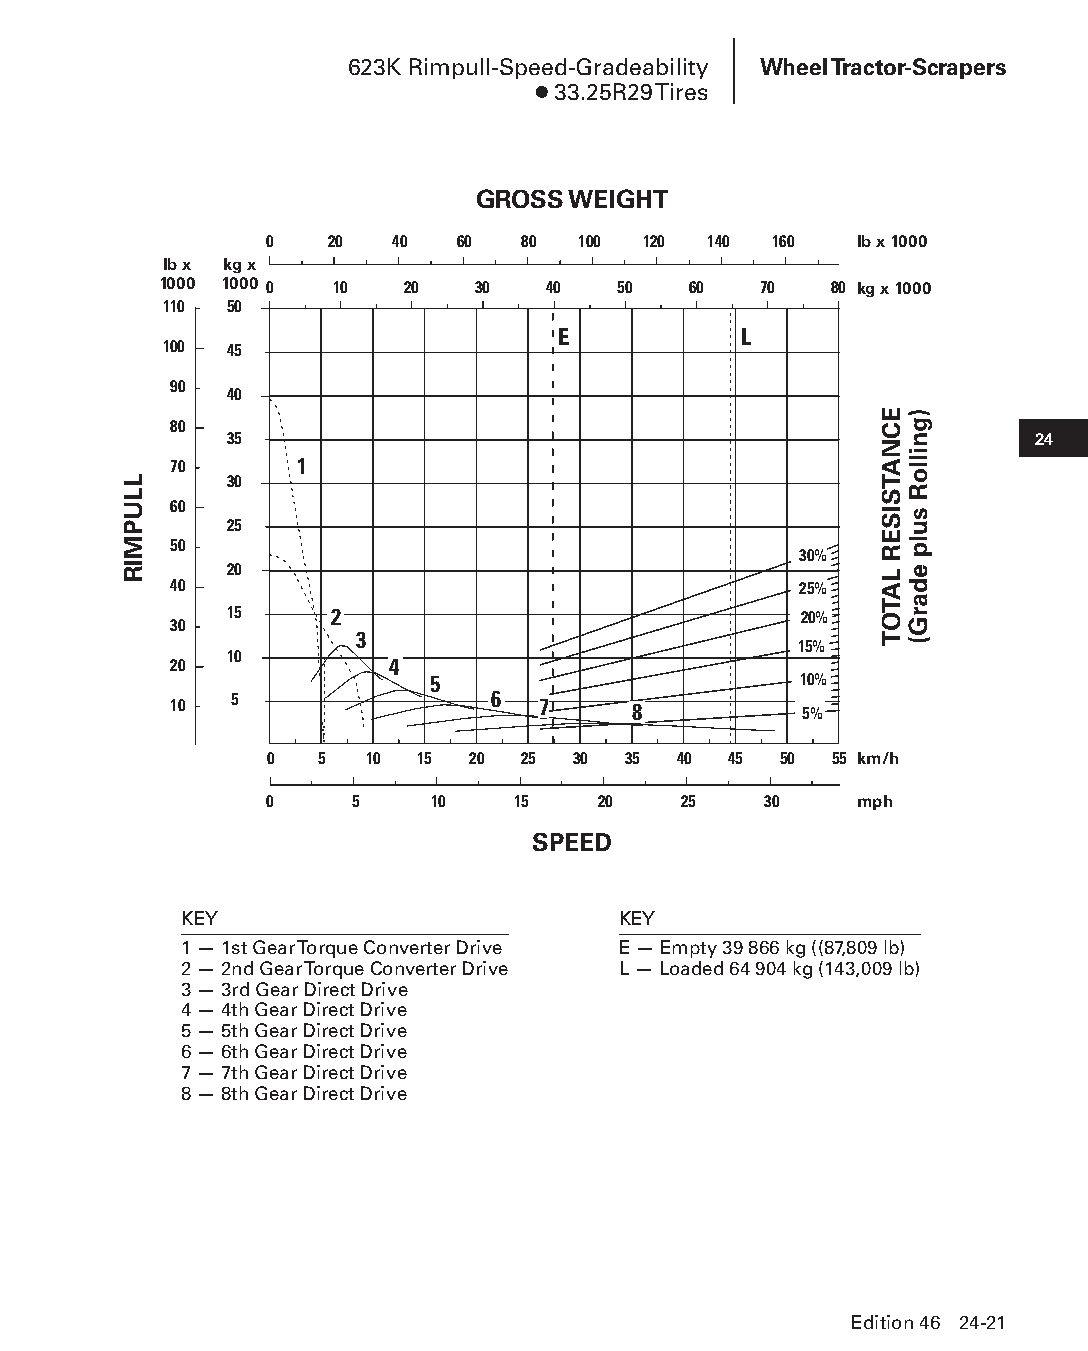
623K Rimpull-Speed-Gradeability Wheel Tractor-Scrapers
 ● 33.25R29 Tires
 GROSS WEIGHT
 0   20  40   60  80  100 120 140 160   lb x 1000
 lb x kg x
 1000 1000 0 10  20   30   40  50   60   70  80 kg x 1000
 110 50
 E           L
 100 45
 90
 40
 80
 35                                                    24
 70      1
 30
 60
 25
 50
 30%
 20
 40                                       25%
 15     2                              20%
 30
 3
 15%
 10
 20            4
 5                       10%
 10  5                6  7     8          5%
 0  5   10 15 20  25 30  35 40  45 50 55 km/h
 0     5    10   15    20   25    30    mph
 SPEED
 KEY                          KEY
 1 — 1st Gear Torque Converter Drive E — Empty 39 866 kg ((87,809 lb)
 2 — 2nd Gear Torque Converter Drive L — Loaded 64 904 kg (143,009 lb)
 3 — 3rd Gear Direct Drive
 4 — 4th Gear Direct Drive
 5 — 5th Gear Direct Drive
 6 — 6th Gear Direct Drive
 7 — 7th Gear Direct Drive
 8 — 8th Gear Direct Drive
 Edition 46 24-21
 PPHHBB--SSeecc2244--1166..iinndddd 2211                        1122//44//1155 1111::1155 AAMM
 LLUPMIR
 ECNATSISER
 LATOT
 )gnilloR
 sulp
 edarG(